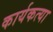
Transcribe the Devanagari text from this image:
कार्यकत्या